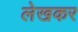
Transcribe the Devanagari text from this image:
लेखकर